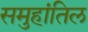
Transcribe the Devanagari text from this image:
समुहांतिल